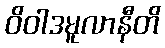
ဝိဝါဒမူလာနီတိ